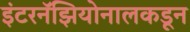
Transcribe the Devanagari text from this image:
इंटरनॅझियोनालकडून